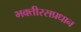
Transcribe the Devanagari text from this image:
भक्तीरसप्रधान